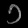
Digit: ၁